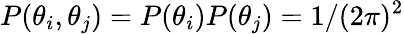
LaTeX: P(\theta_{i},\theta_{j})=P(\theta_{i})P(\theta_{j})=1/(2\pi)^{2}